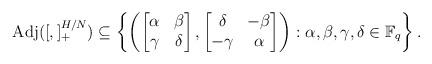
LaTeX: \begin{align*}{\rm Adj}([,]_+^{H/N}) & \subseteq \left\{\left(\begin{bmatrix} \alpha & \beta \\ \gamma & \delta\end{bmatrix},\begin{bmatrix} \delta & -\beta\\ -\gamma & \alpha\end{bmatrix}\right):\alpha,\beta,\gamma,\delta\in\mathbb{F}_q\right\}.\end{align*}